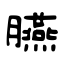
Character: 臙